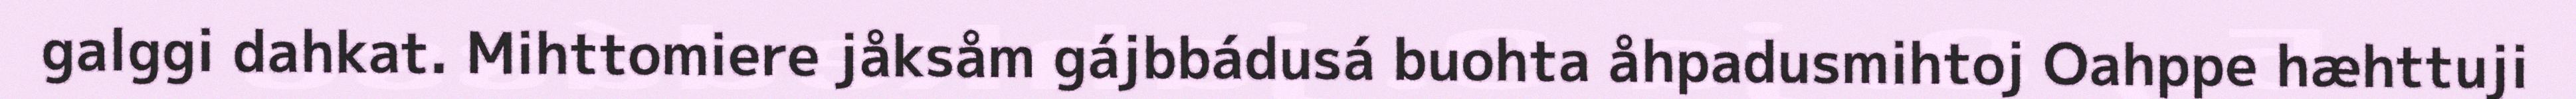
galggi dahkat. Mihttomiere jåksåm gájbbádusá buohta åhpadusmihtoj Oahppe hæhttuji